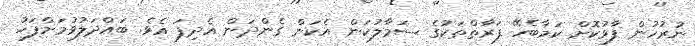
ނުރުހުން ފާޅުކޮށް ކަމާބެހޭ ފަރާތްތަކުގެ ސަމާލުކަން އެކަން ގެންދަން އެދިފަ އެވެ. ބައްދަލުވުމަށްފަހު